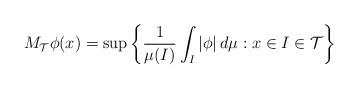
LaTeX: \begin{align*}M_{\mathcal{T}}\phi(x)=\sup\left\{ \frac{1}{\mu(I)}\int_{I}\left\vert\phi\right\vert d\mu:x\in I\in\mathcal{T}\right\} \end{align*}